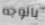
بالوجه